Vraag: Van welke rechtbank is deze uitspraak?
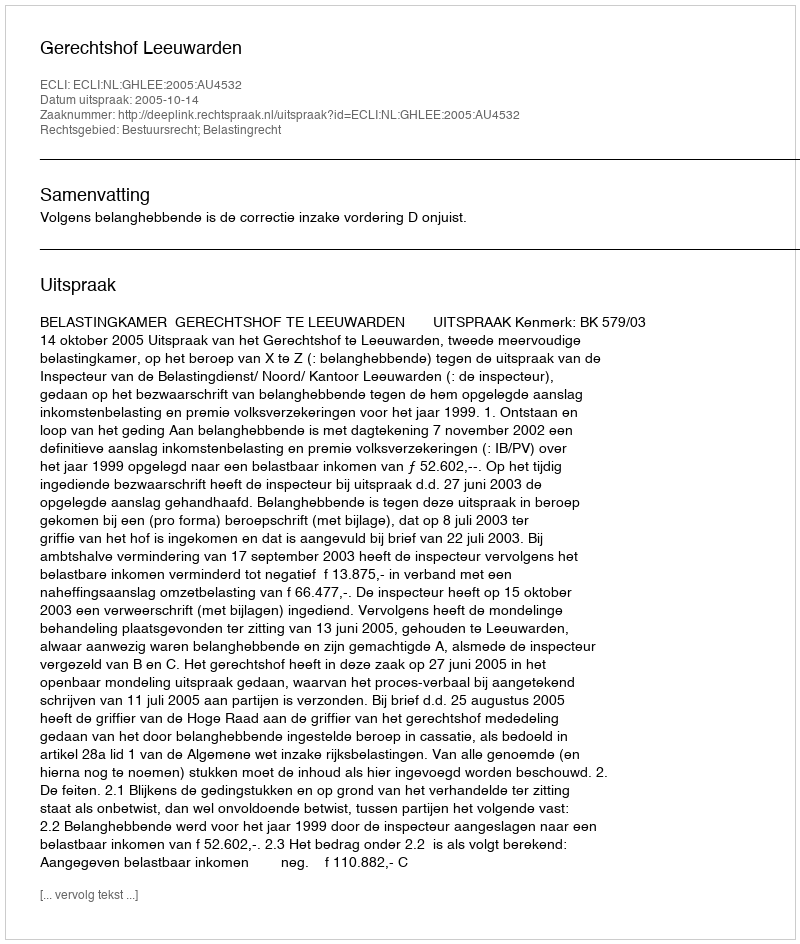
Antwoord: Gerechtshof Leeuwarden